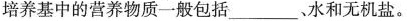
培养基中的营养物质一般包括___、水和无机盐。